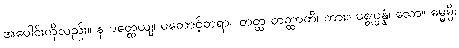
အပေါင်းကိုလည်း။ န ပတ္ထေယျ၊ မတောင့်တရာ။ တတ္ထ တတ္ထာတိ၊ ကား။ ပစ္စုပ္ပန္နံ၊ သော။ ဓမ္မမ္ပိ၊